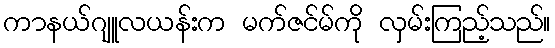
ကာနယ်ဂျူလယန်းက မက်ဇင်မ်ကို လှမ်းကြည့်သည်။